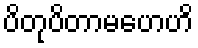
ပိတုပိတာမဟေဟိ